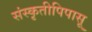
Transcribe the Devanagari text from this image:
संस्कृतीपिपासू